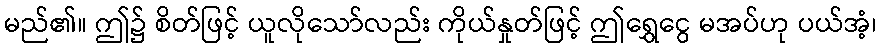
မည်၏။ ဤ၌ စိတ်ဖြင့် ယူလိုသော်လည်း ကိုယ်နှုတ်ဖြင့် ဤရွှေငွေ မအပ်ဟု ပယ်အံ့၊